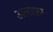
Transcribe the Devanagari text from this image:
अलोफ़ा